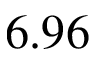
6 . 9 6